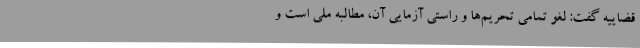
قضاییه گفت: لغو تمامی تحریم‌ها و راستی آزمایی آن، مطالبه ملی است و